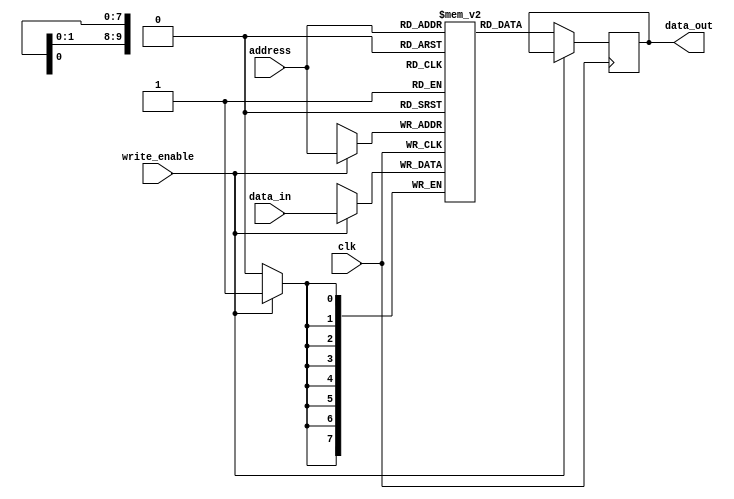
// 6502 FPGA Soft Processor
//     Web: https://www.mikekohn.net/
//   Board: iceFUN iCE40 HX8K
// License: MIT
//
// Copyright 2024 by Michael Kohn, Joe Davisson

// This creates 1024 bytes of RAM on the FPGA itself which begins at 0x4000.

module ram
(
  input  [9:0] address,
  input  [7:0] data_in,
  output reg [7:0] data_out,
  input write_enable,
  input clk
);

reg [7:0] memory [1023:0];

always @(posedge clk) begin
  if (write_enable) begin
    memory[address] <= data_in;
  end else
    data_out <= memory[address];
end

endmodule